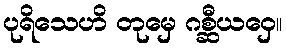
ပုရိသေဟိ တုမှေ ဂစ္ဆီယဝှေ။